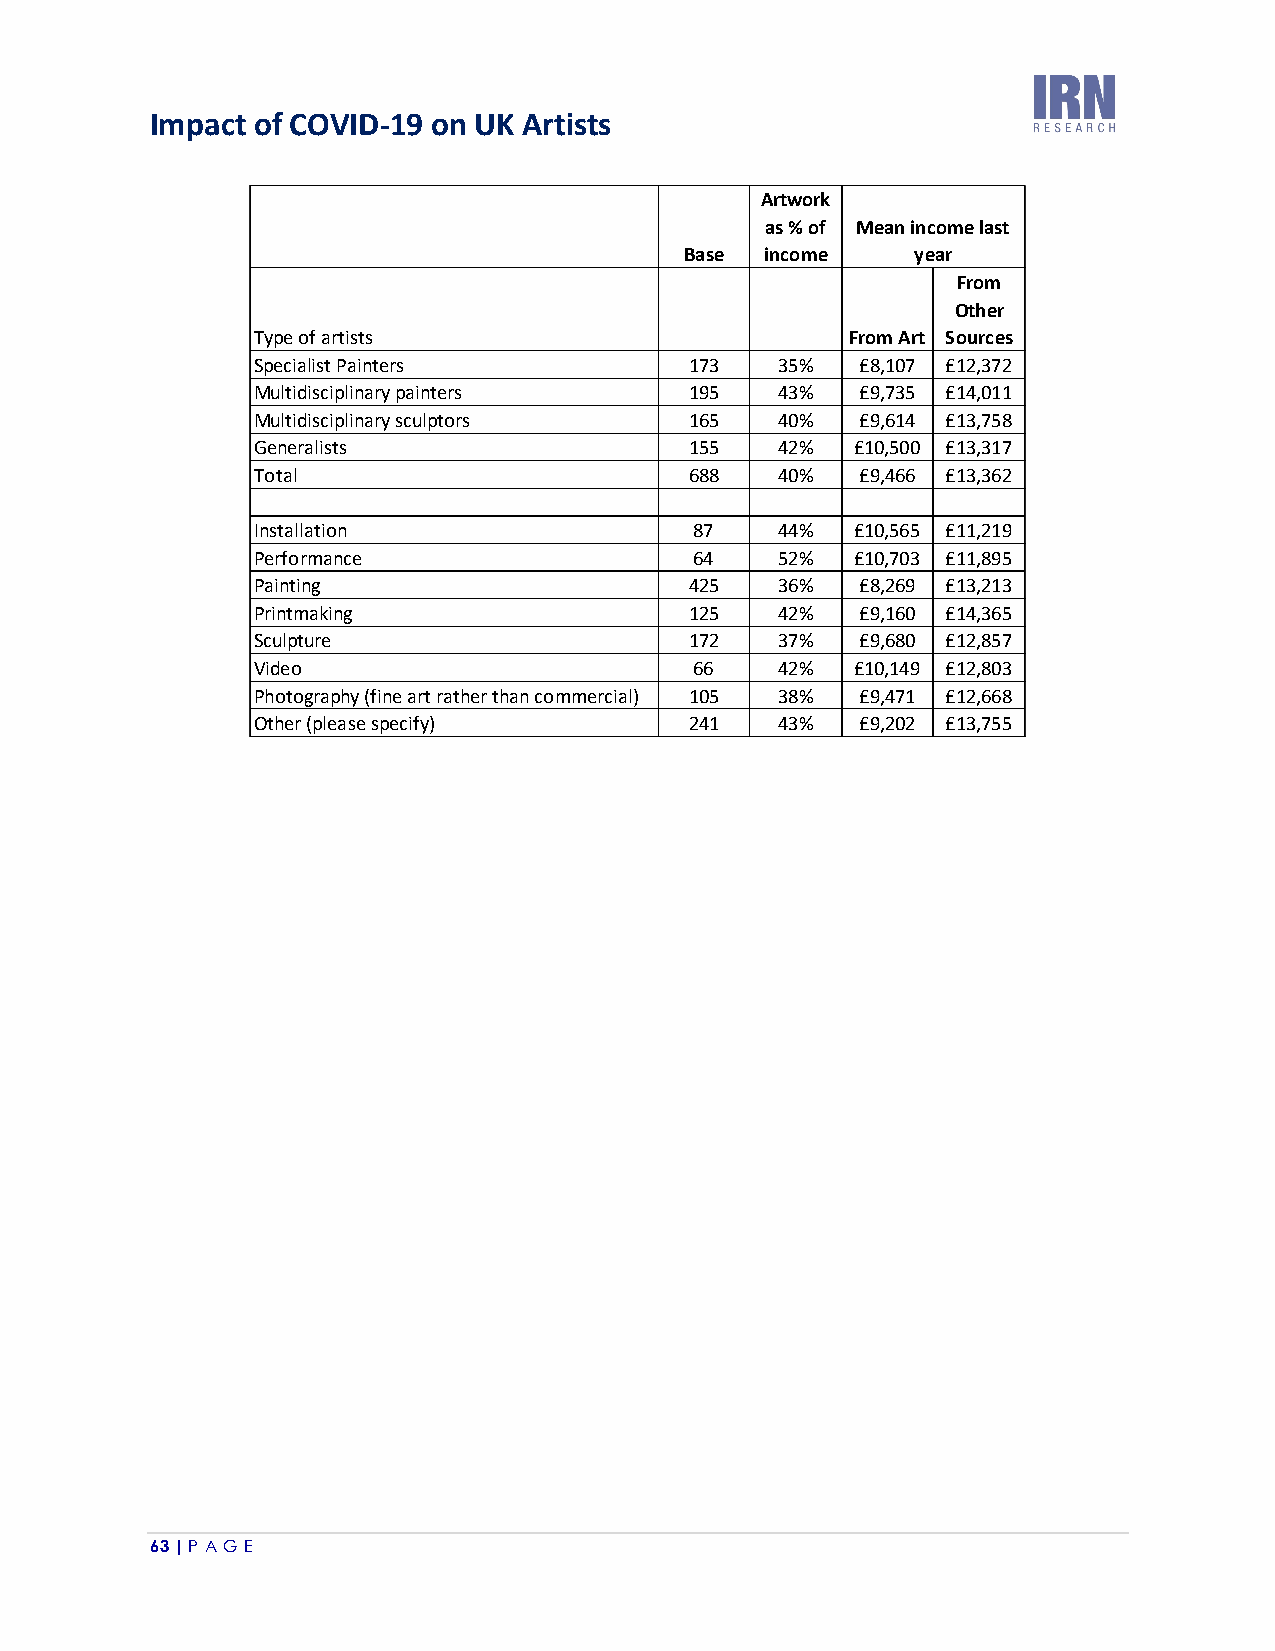
Impact of COVID-19 on UK Artists
 63 | P A GE
 T y p e o f a r t is t s
 S p e c ia lis t P a in t e
 M u lt id is c ip lin a r y
 M u lt id is c ip lin a r y
 G e n e r a lis t s
 T o t a l
 In s t a lla t io n
 P e r f o r m a n c e
 P a in t in g
 P r in t m a k in g
 S c u lp t u r e
 V id e o
 P h o t o g r a p h y (f in
 O t h e r (p le a s e s p
 r s
 p a in t e r s
 s c u lp t o r s
 e a r t r a t h
 e c if y )
 e r t h a n c o m m e r c ia l)
 B a s e
 1 7 3
 1 9 5
 1 6 5
 1 5 5
 6 8 8
 8 7
 6 4
 4 2 5
 1 2 5
 1 7 2
 6 6
 1 0 5
 2 4 1
 A r t w
 a s %
 in c o
 3 5
 4 3
 4 0
 4 2
 4 0
 4 4
 5 2
 3 6
 4 2
 3 7
 4 2
 3 8
 4 3
 o r k
 o f
 m e
 %
 %
 %
 %
 %
 %
 %
 %
 %
 %
 %
 %
 %
 M e a n in
 y
 F r o m A r t
 £ 8 ,1 0 7
 £ 9 ,7 3 5
 £ 9 ,6 1 4
 £ 1 0 ,5 0 0
 £ 9 ,4 6 6
 £ 1 0 ,5 6 5
 £ 1 0 ,7 0 3
 £ 8 ,2 6 9
 £ 9 ,1 6 0
 £ 9 ,6 8 0
 £ 1 0 ,1 4 9
 £ 9 ,4 7 1
 £ 9 ,2 0 2
 c
 e
 o
 a
 m
 r
 S
 £
 £
 £
 £
 £
 £
 £
 £
 £
 £
 £
 £
 £
 F
 O
 o
 1
 1
 1
 1
 1
 1
 1
 1
 1
 1
 1
 1
 1
 e la s t
 r o m
 t h e r
 u r c e s
 2 ,3 7 2
 4 ,0 1 1
 3 ,7 5 8
 3 ,3 1 7
 3 ,3 6 2
 1 ,2 1 9
 1 ,8 9 5
 3 ,2 1 3
 4 ,3 6 5
 2 ,8 5 7
 2 ,8 0 3
 2 ,6 6 8
 3 ,7 5 5